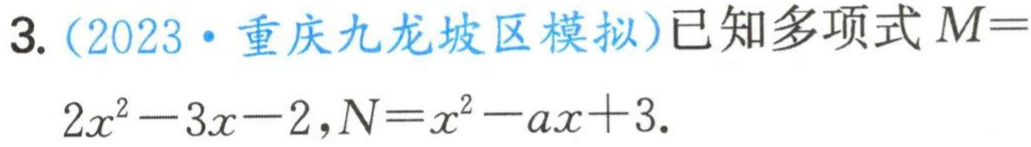
3.（2023·重庆九龙坡区模拟）已知多项式\(M = 2x^{2}-3x - 2\)，\(N=x^{2}-ax + 3\).